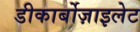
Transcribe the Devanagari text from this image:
डीकार्बोज़ाइलेट